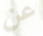
عن